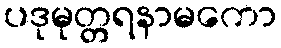
ပဒုမုတ္တရနာမကော